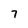
Character: 7